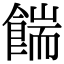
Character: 𩜵